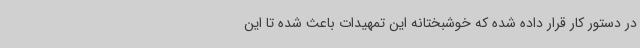
در دستور کار قرار داده شده که خوشبختانه این تمهیدات باعث شده تا این